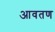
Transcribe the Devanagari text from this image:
आवतण